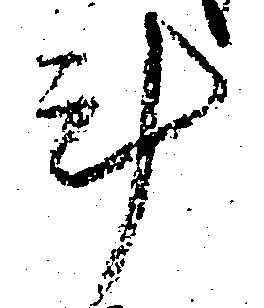
斗